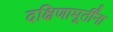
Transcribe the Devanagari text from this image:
दक्षिणामूर्तींना